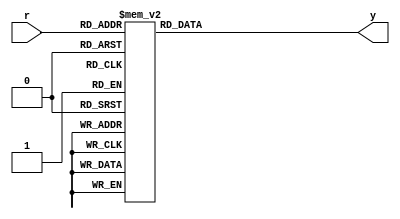
// Listing 3.7
module prio_encoder_case
   (
    input wire [4:1] r,
    output reg [2:0] y
   );

   always @*
      case(r)
         4'b1000, 4'b1001, 4'b1010, 4'b1011,
         4'b1100, 4'b1101, 4'b1110, 4'b1111:
            y = 3'b100;
         4'b0100, 4'b0101, 4'b0110, 4'b0111:
            y = 3'b011;
         4'b0010, 4'b0011:
            y = 3'b010;
         4'b0001:
            y = 3'b001;
         4'b0000:     // default can also be used
            y = 3'b000;
     endcase

endmodule